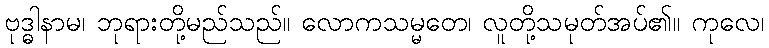
ဗုဒ္ဓါနာမ၊ ဘုရားတို့မည်သည်။ လောကသမ္မတေ၊ လူတို့သမုတ်အပ်၏။ ကုလေ၊